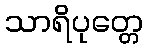
သာရိပုတ္တေ